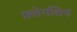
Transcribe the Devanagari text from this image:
फ़्लेगशिप